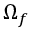
\boldsymbol { \Omega } _ { f }